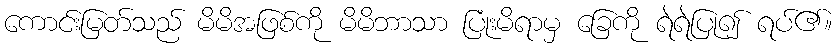
ကောင်းမြတ်သည် မိမိအဖြစ်ကို မိမိဘာသာ ပြုံးမိရာမှ ခြေကို ရဲရဲပြု၍ ရပ်၏။